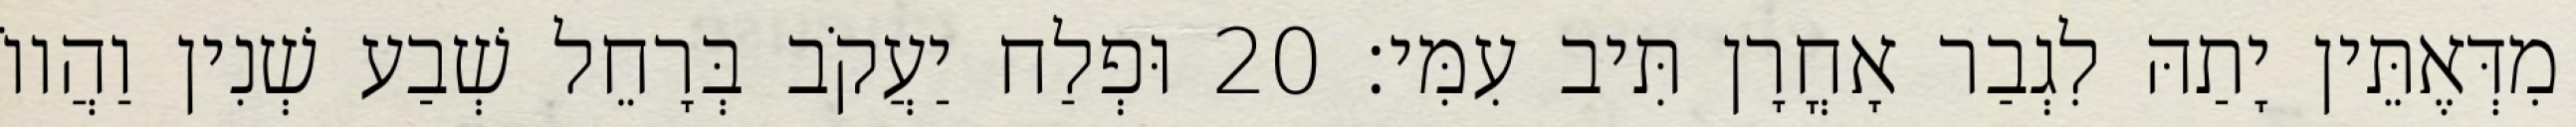
מִדְּאֶתֵּין יָתַהּ לִגְבַר אָחֳרָן תִּיב עִמִּי׃ 20 וּפְלַח יַעֲקֹב בְּרָחֵל שְׁבַע שְׁנִין וַהֲווֹ